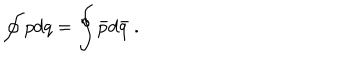
LaTeX: \oint _ { } ^ { } p d q = \oint _ { } ^ { } { \bar { p } } d { \bar { q } } \ .